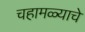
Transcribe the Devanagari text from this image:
चहामळ्याचे